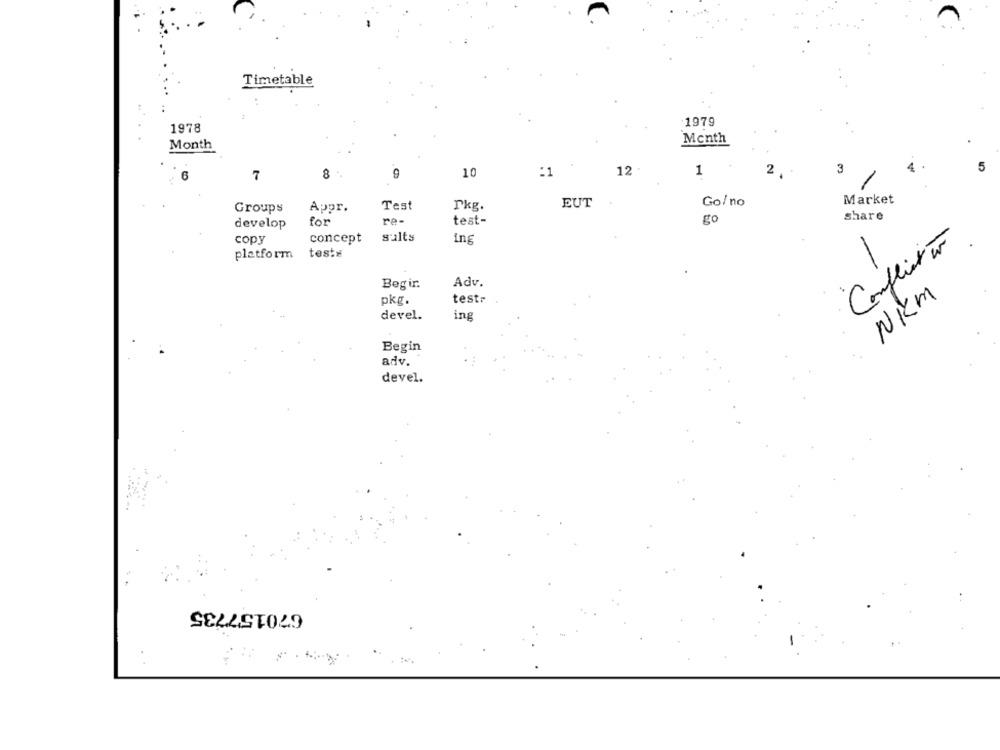
Timetable
1979
1978
Menth
Month
4
10
:1
12 .
1
3
5
7
8
9
EUT
Go/ no
Market
Groups
Appr.
Test
Pkg.
Share
develop
for
re-
test-
go
copy
concept
salts
ing
Conflicto
platform
test¥
Begir.
Adv.
NKm
pkg.
testr
devel.
ing
Begin
adv.
devel.
670157735